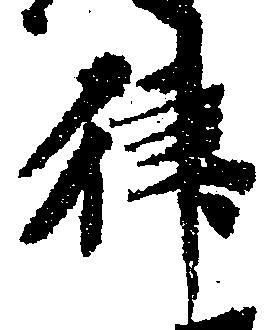
律